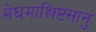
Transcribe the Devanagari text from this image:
मेघमाश्लिष्टसानुं